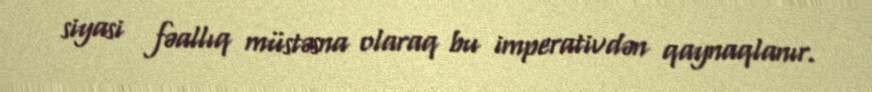
siyasi fəallıq müstəsna olaraq bu imperativdən qaynaqlanır.